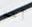
أحد